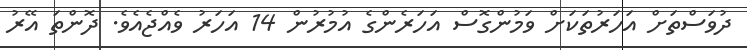
ދުވަސްތަށް އަހަރުތަކަށް ވަމުންގޮސް އަހަރެންގެ އުމުރުން 14 އަހަރު ވެއްޖެއެވެ. ދޮންތަ އޭރު